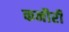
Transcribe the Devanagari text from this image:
कनौरी